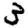
Digit: 3